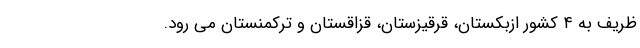
ظریف به ۴ کشور ازبکستان، قرقیزستان، قزاقستان و ترکمنستان می رود.